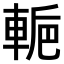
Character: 𨌌